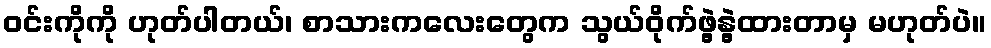
၀င်းကိုကို ဟုတ်ပါတယ်၊ စာသားကလေးတွေက သွယ်ဝိုက်ဖွဲ့နွဲ့ထားတာမှ မဟုတ်ပဲ။